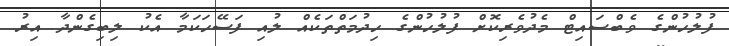
ފުލުހުންގެ ވެބްސައިޓް މެދުވެރިކޮށް ފުލުހުންގެ ހިދުމަތްތަކެއް ލުއި ފަސޭހަކަމާ އެކު ލިބިގެންދާ އިރު